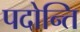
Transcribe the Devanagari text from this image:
पदोन्ति